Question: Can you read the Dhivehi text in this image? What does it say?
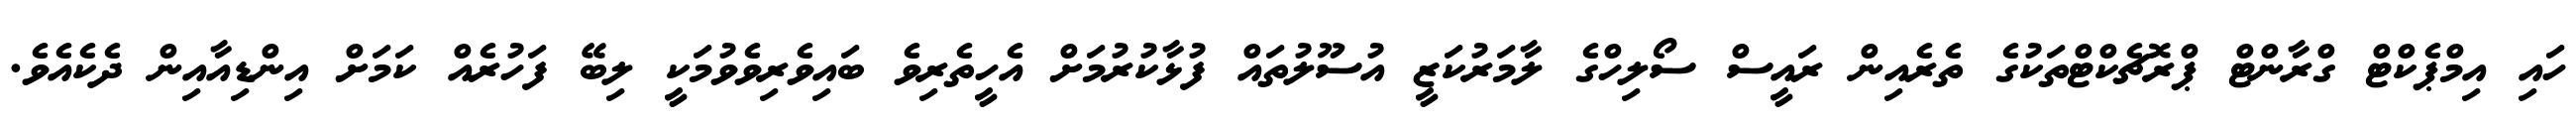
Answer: ހައި އިމްޕެކްޓް ގްރާންޓް ޕްރޮޗެކްޓްތަކުގެ ތެރެއިން ރައީސް ސޯލިހްގެ ލާމަރުކަޒީ އުސޫލުތައް ފުޅާކުރުމަށް އެހީތެރިވެ ބައިވެރިވެވުމަކީ ލިބޭ ފަހުރެއް ކަމަށް އިންޑިއާއިން ދެކެއެވެ.